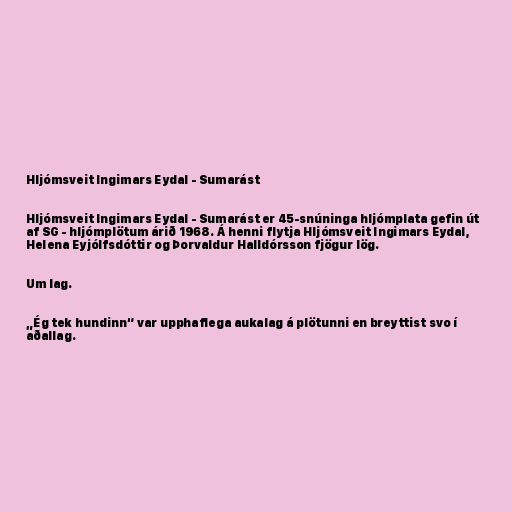
Hljómsveit Ingimars Eydal - Sumarást

Hljómsveit Ingimars Eydal - Sumarást er 45-snúninga hljómplata gefin út
af SG - hljómplötum árið 1968. Á henni flytja Hljómsveit Ingimars Eydal,
Helena Eyjólfsdóttir og Þorvaldur Halldórsson fjögur lög.

Um lag.

„Ég tek hundinn“ var upphaflega aukalag á plötunni en breyttist svo í
aðallag.